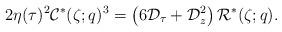
LaTeX: \begin{align*} 2\eta(\tau)^2\mathcal C^*(\zeta;q)^3=\left(6\mathcal D_\tau+\mathcal D_z^2\right)\mathcal R^*(\zeta;q).\end{align*}